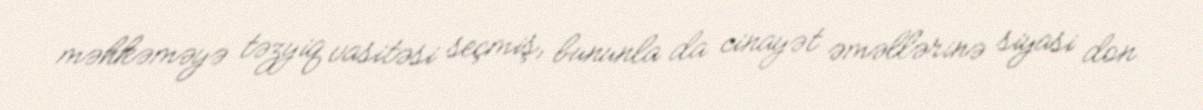
məhkəməyə təzyiq vasitəsi seçmiş, bununla da cinayət əməllərinə siyasi don